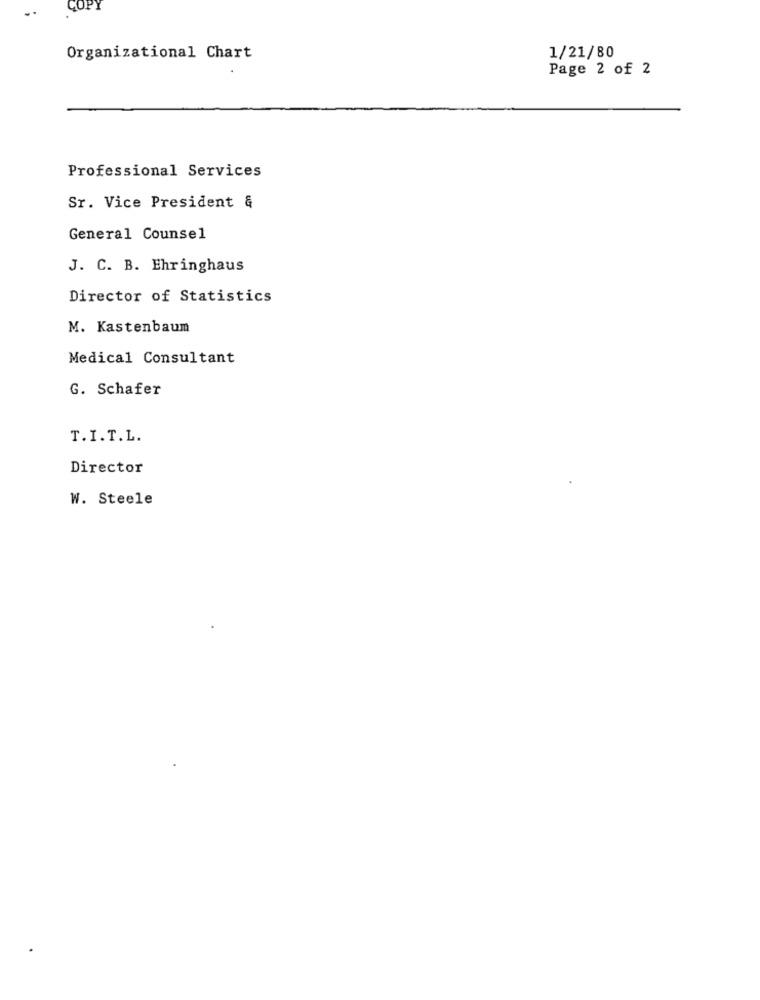
Organizational Chart
1/21/80
Page 2 of 2
Professional Services
Sr. Vice President &
General Counsel
J. C. B. Ehringhaus
Director of Statistics
M. Kastenbaum
Medical Consultant
G. Schafer
T.I.T.L.
Director
W. Steele